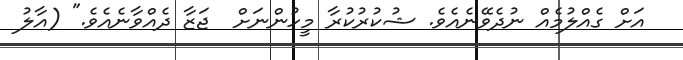
އަށް ގެއްލުމެއް ނުދެވޭނެއެވެ. ޝުކުރުކުރާ މީހުންނަށް  ޖަޒާ ދެއްވާނެއެވެ." (އާލު